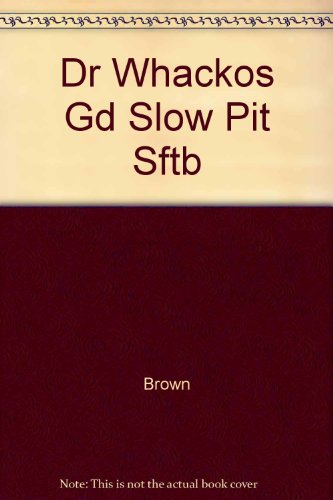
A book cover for Dr. Whacko's Guide to Slow-Pitch Softball; Bruce Brown; Sports & Outdoors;